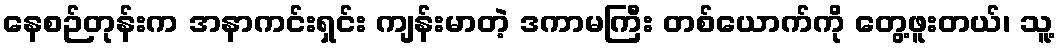
နေစဉ်တုန်းက အနာကင်းရှင်း ကျန်းမာတဲ့ ဒကာမကြီး တစ်ယောက်ကို တွေ့ဖူးတယ်၊ သူ့